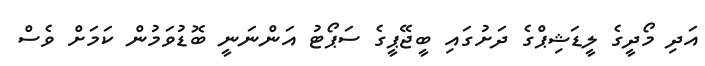
އަދި މޯދީގެ ލީޑަޝިޕްގެ ދަށުގައި ބީޖޭޕީގެ ސަޕޯޓު އަންނަނީ ބޮޑުވަމުން ކަމަށް ވެސް